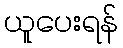
ယူပေးရန်